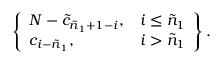
\left\{ \begin{array} { l l } { { N - \tilde { c } _ { \tilde { n } _ { 1 } + 1 - i } , } } & { { i \leq \tilde { n } _ { 1 } } } \\ { { c _ { i - \tilde { n } _ { 1 } } , } } & { { i > \tilde { n } _ { 1 } } } \end{array} \right\} .